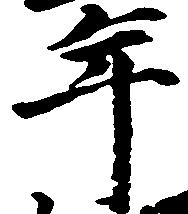
年